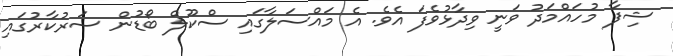
ޝިފާ މުހައްމަދު ވަނީ ވިދާޅުވެފަ އެވެ. އެ މައްސަލާގައި ސްކޫލް ބޯޑުން ސަރުކާރުގައި